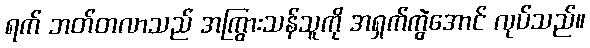
ရက် ဘတ်တလာသည် အကြွားသန်သူကို အရှက်ကွဲအောင် လုပ်သည်။